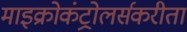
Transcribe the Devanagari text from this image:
माइक्रोकंट्रोलर्सकरीता